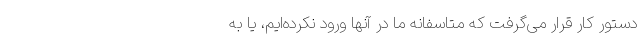
دستور کار قرار می‌گرفت که متاسفانه ما در آنها ورود نکرده‌ایم، یا به